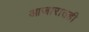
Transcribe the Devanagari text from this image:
आजारातही